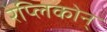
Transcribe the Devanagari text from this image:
रेप्लिकोन्